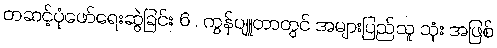
တဆင့်ပုံဖော်ရေးဆွဲခြင်း 6 . ကွန်ပျူတာတွင် အများပြည်သူ သုံး အဖြစ်